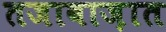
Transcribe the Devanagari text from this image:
तजावाज़ात